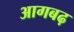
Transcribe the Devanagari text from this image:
आगबढ़